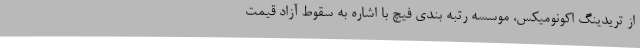
از تریدینگ اکونومیکس، موسسه رتبه بندی فیچ با اشاره به سقوط آزاد قیمت